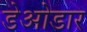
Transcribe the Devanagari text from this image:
डेओडार